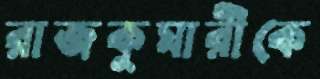
রাজকুমারীকে